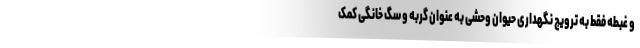
و غبطه فقط به ترویج نگهداری حیوان وحشی به عنوان گربه و سگ خانگی کمک